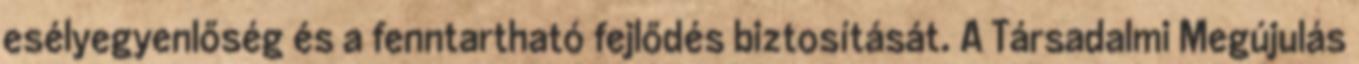
esélyegyenlőség és a fenntartható fejlődés biztosítását. A Társadalmi Megújulás